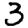
Digit: 3